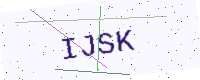
Text: IJSK